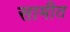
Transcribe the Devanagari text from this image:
सामीत